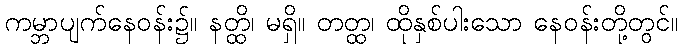
ကမ္ဘာပျက်နေဝန်း၌။ နတ္ထိ၊ မရှိ။ တတ္ထ၊ ထိုနှစ်ပါးသော နေဝန်းတို့တွင်။